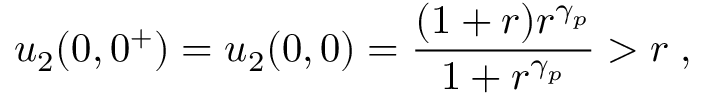
u _ { 2 } ( 0 , 0 ^ { + } ) = u _ { 2 } ( 0 , 0 ) = \frac { ( 1 + r ) r ^ { \gamma _ { p } } } { 1 + r ^ { \gamma _ { p } } } > r \; ,